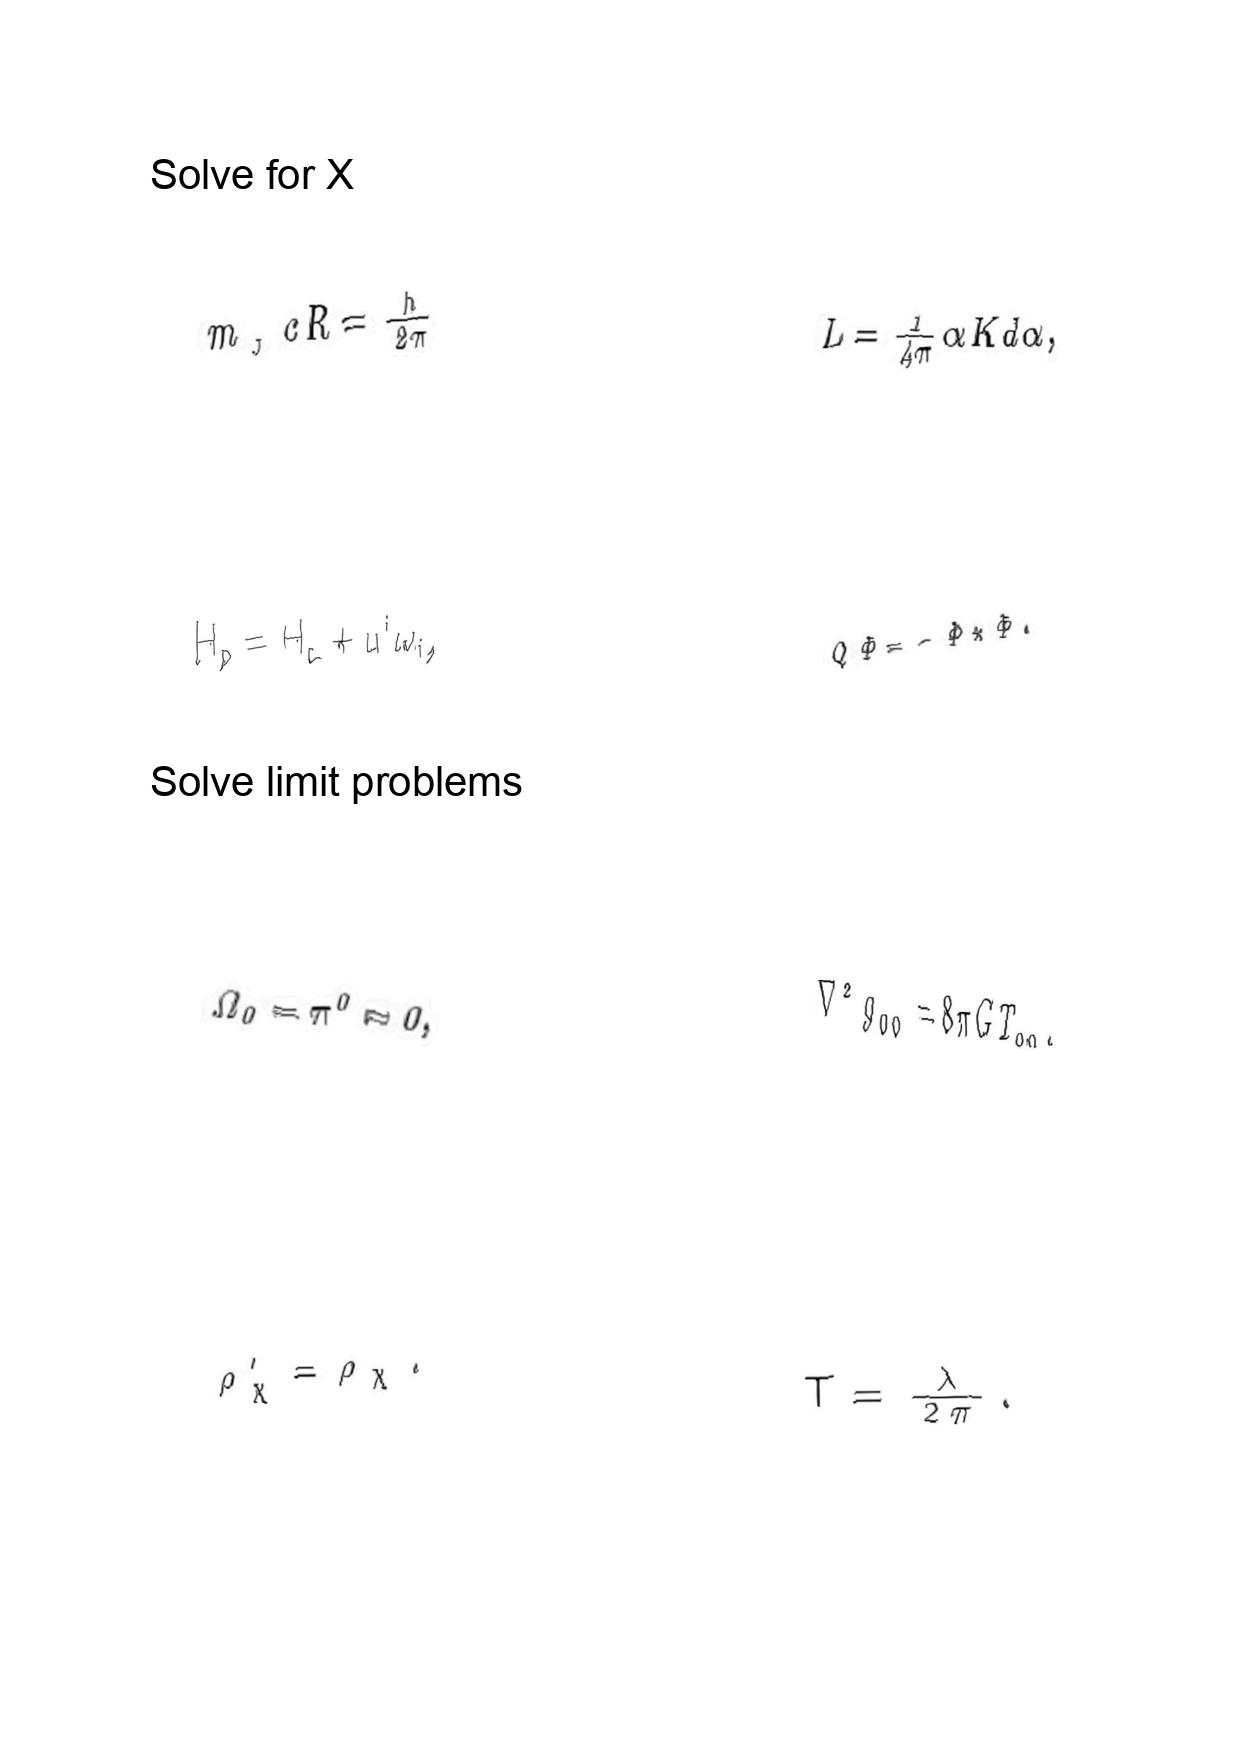
LaTeX transcription:
m _ { _ { J } } c R = \frac { h } { 2 \pi }
H _ { p } = H _ { c } + u ^ { i } \omega _ { i } ,
\Omega _ { 0 } = \pi ^ { 0 } \approx 0 ,
\rho _ { \chi } ^ { \prime } = \rho _ { \chi } .
L = \frac { 1 } { 4 \pi } \alpha K d \alpha ,
Q \Phi = - \Phi \star \Phi .
\nabla ^ { 2 } g _ { 0 0 } = 8 \pi G T _ { 0 0 } .
T = \frac { \lambda } { 2 \pi } .